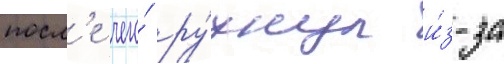
посл'е чего́ ру́хнул и́з-за